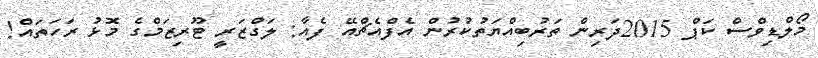
މޯލްޑިވްސް ކަޕް 2015ދަރިން ތަރުބިއްޔަތުކުރުން އެފްއެޗްއޭ ފެއާ: ލަގްޒަރީ ޓޫރިޒަމްގެ މޮޅު ރަހަތައް!